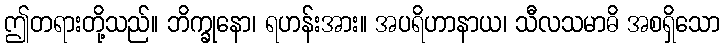
ဤတရားတို့သည်။ ဘိက္ခုနော၊ ရဟန်းအား။ အပရိဟာနာယ၊ သီလသမာဓိ အစရှိသော